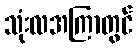
သုံးလအကြာတွင်